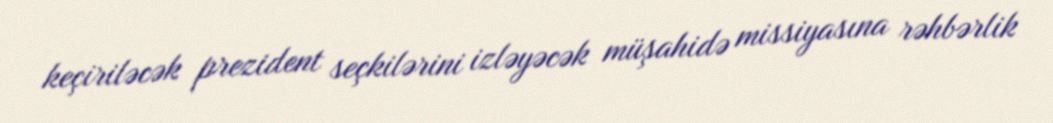
keçiriləcək prezident seçkilərini izləyəcək müşahidə missiyasına rəhbərlik